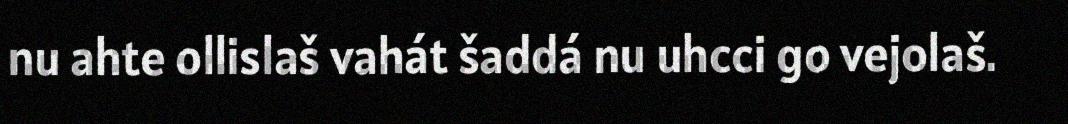
nu ahte ollislaš vahát šaddá nu uhcci go vejolaš.